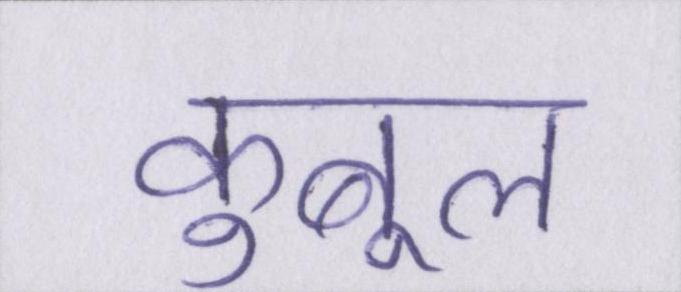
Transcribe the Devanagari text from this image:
कुबूल